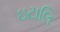
ઇટાલિ